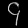
Digit: ၄